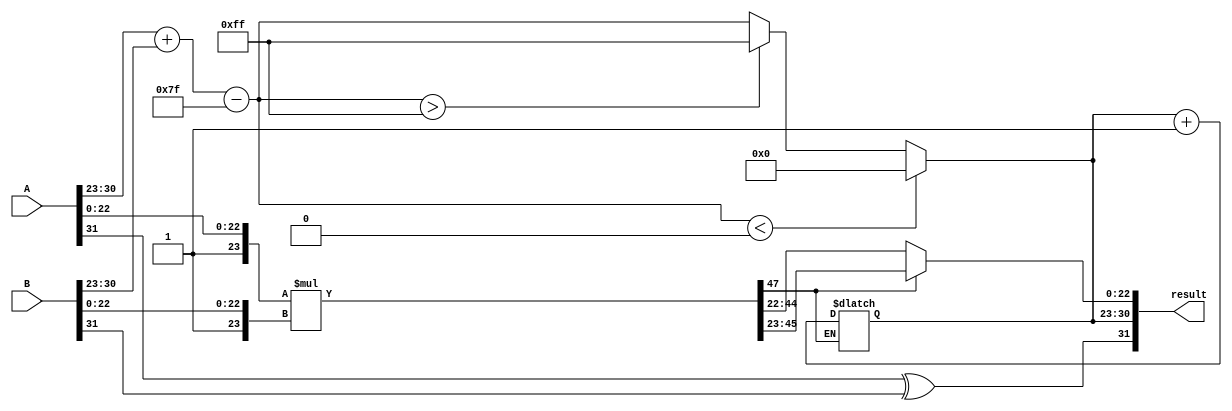
module floating_point_multiplier (
    input [31:0] A,  // Single precision input A
    input [31:0] B,  // Single precision input B
    output reg [31:0] result // Resulting floating-point output
);

    // Constants for single precision
    parameter EXPONENT_BIAS = 127;
    parameter MANTISSA_SIZE = 23;

    // Internal signals
    wire sign_A, sign_B;
    wire [7:0] exp_A, exp_B;
    wire [23:0] mant_A, mant_B; // 23 bits + 1 implicit leading bit
    wire [7:0] exp_result;
    wire sign_result;
    wire [47:0] mant_result; // 24 bits * 24 bits = 48 bits for multiplication
    wire [24:0] mant_result_normalized; // 24 bits for normalization
    reg [7:0] exp_temp;
    reg [7:0] exp_final;

    // Decompose inputs
    assign sign_A = A[31];
    assign exp_A = A[30:23];
    assign mant_A = {1'b1, A[22:0]}; // Implicit leading 1 for normalized numbers
    assign sign_B = B[31];
    assign exp_B = B[30:23];
    assign mant_B = {1'b1, B[22:0]}; // Implicit leading 1 for normalized numbers

    // Calculate sign of the result
    assign sign_result = sign_A ^ sign_B;

    // Calculate exponent of the result
    always @(*) begin
        exp_temp = exp_A + exp_B - EXPONENT_BIAS;
        if (exp_temp < 0) begin
            exp_final = 0; // Underflow to zero
        end else if (exp_temp > 255) begin
            exp_final = 255; // Overflow to infinity
        end else begin
            exp_final = exp_temp;
        end
    end

    // Mantissa multiplication
    assign mant_result = mant_A * mant_B;

    // Normalization of the result
    always @(*) begin
        if (mant_result[47] == 1) begin
            // Overflow case
            mant_result_normalized = mant_result[46:23]; // Right shift
            exp_final = exp_final + 1; // Increment exponent
        end else begin
            // Normal case
            mant_result_normalized = mant_result[45:22]; // Normalized mantissa
        end
    end

    // Assemble the final result
    always @(*) begin
        result = {sign_result, exp_final, mant_result_normalized[MANTISSA_SIZE-1:0]};
    end

endmodule